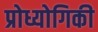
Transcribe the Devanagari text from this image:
प्रोध्योगिकी